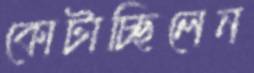
কোটাচ্ছিলেন